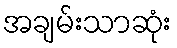
အချမ်းသာဆုံး